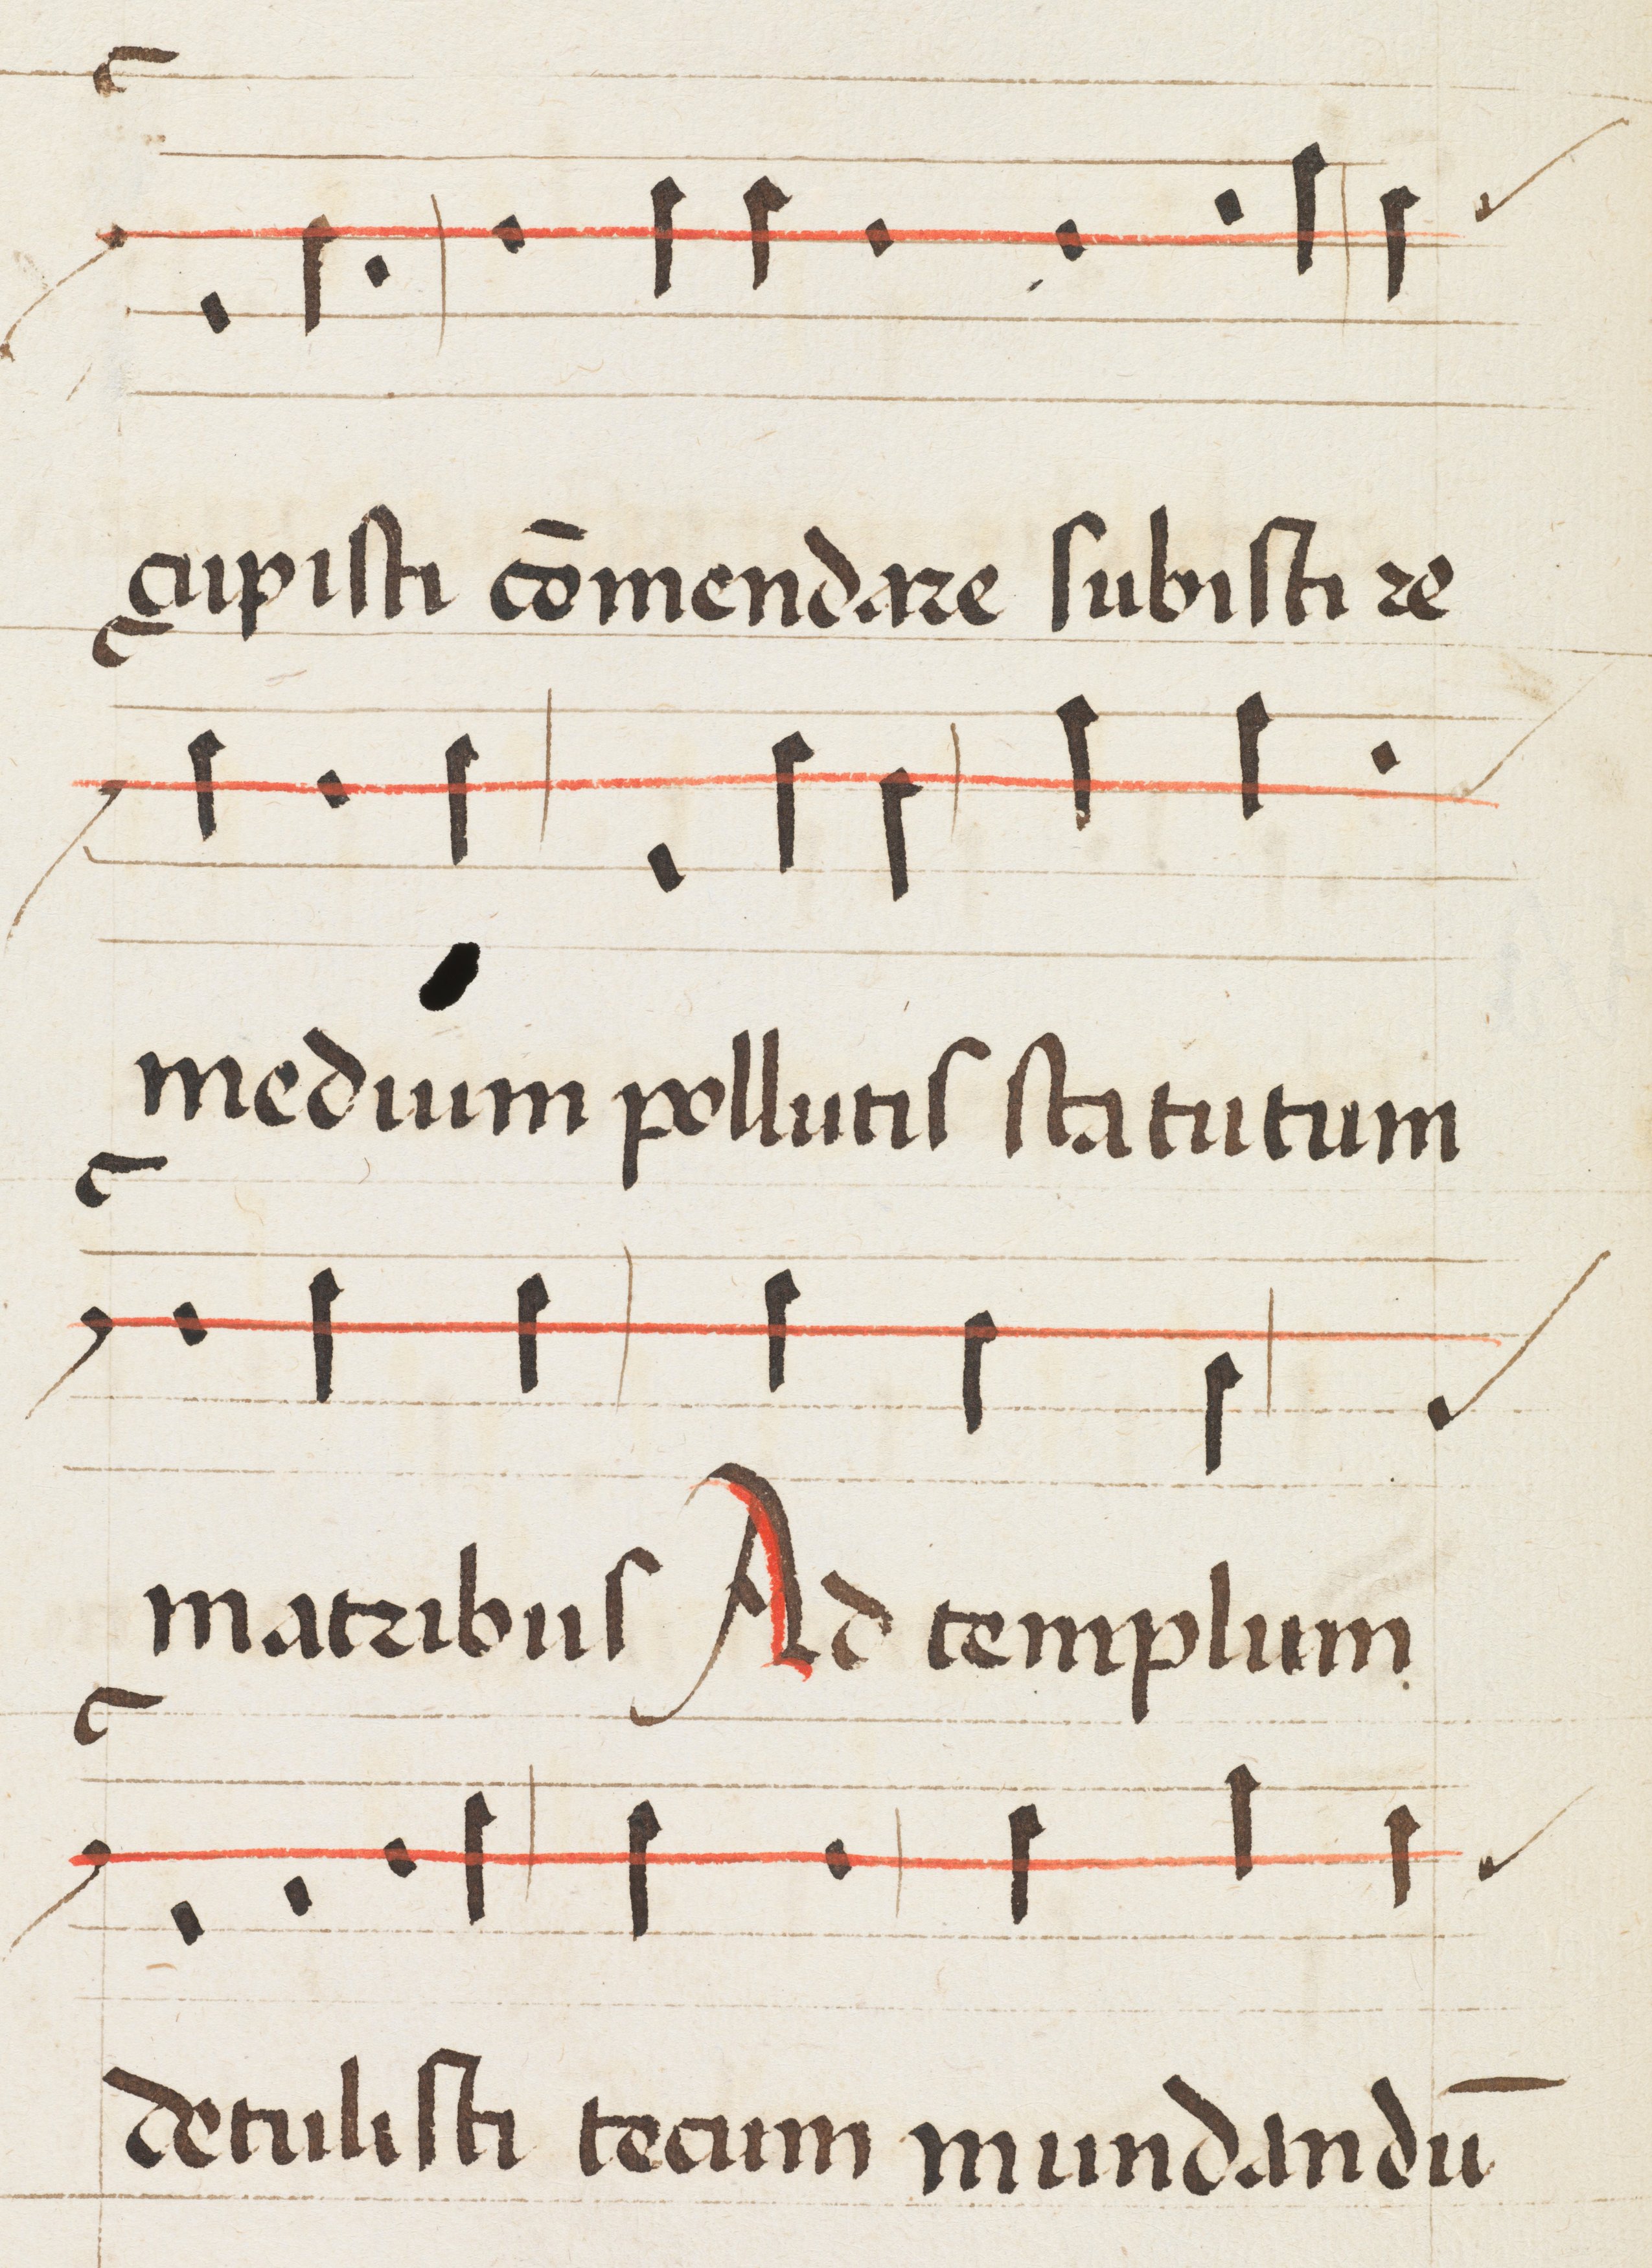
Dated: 1475–1499